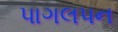
પાગલપન